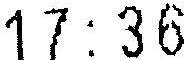
17:36